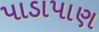
પાડાપાણ